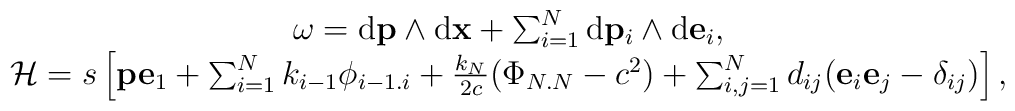
\begin{array}{c}\omega={\rm d}{\bf p}\wedge {\rm d}{\bf x}+\sum_{i=1}^N {\rm d}{\bf p}_i\wedge {\rm d}{\bf e}_i,\\{\cal H}={ s}\left[{\bf p}{\bf e}_1+\sum_{i=1}^{N}{ k}_{i-1}{\phi}_{i-1.i}+\frac{{ k}_{N}}{2c}({\Phi}_{N.N}-c^2)+ \sum_{i,j=1}^Nd_{ij}({\bf e}_i{\bf e}_j-\delta_{ij})\right],\end{array}